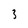
Character: 3